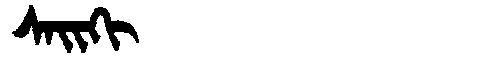
Manchu: ᠰᠠᡳᡴᡳ
Romanization: SAIKI